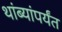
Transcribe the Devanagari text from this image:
थांब्यांपर्यंत